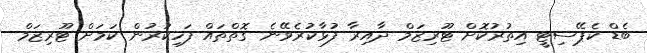
ބެޑް ކެޕޭސިޓީ އިތުރުކޮށް ޓޫރިޒަމް ދާއިރާ ފުޅާކުރެވޭނެ ގޮތްތައް ފަހިކުރުން ކަމަށް ޓޫރިޒަމް